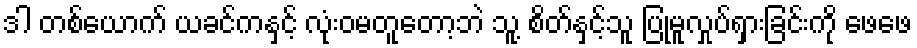
ဒါ တစ်ယောက် ယခင်ကနှင့် လုံးဝမတူတော့ဘဲ သူ့ စိတ်နှင့်သူ ပြုမူလှုပ်ရှားခြင်းကို ဖေဖေ